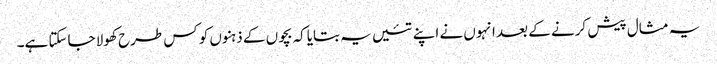
یہ مثال پیش کرنے کے بعد انہوں نے اپنے تئیں یہ بتایاکہ بچوں کے ذہنوں کو کس طرح کھولا جاسکتا ہے۔